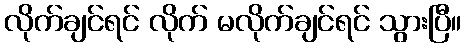
လိုက်ချင်ရင် လိုက် မလိုက်ချင်ရင် သွားပြီ။